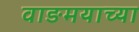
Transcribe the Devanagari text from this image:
वाङमयाच्या